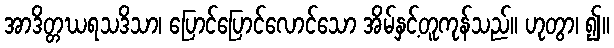
အာဒိတ္တဃရသဒိသာ၊ ပြောင်ပြောင်လောင်သော အိမ်နှင့်တူကုန်သည်။ ဟုတွာ၊ ၍။